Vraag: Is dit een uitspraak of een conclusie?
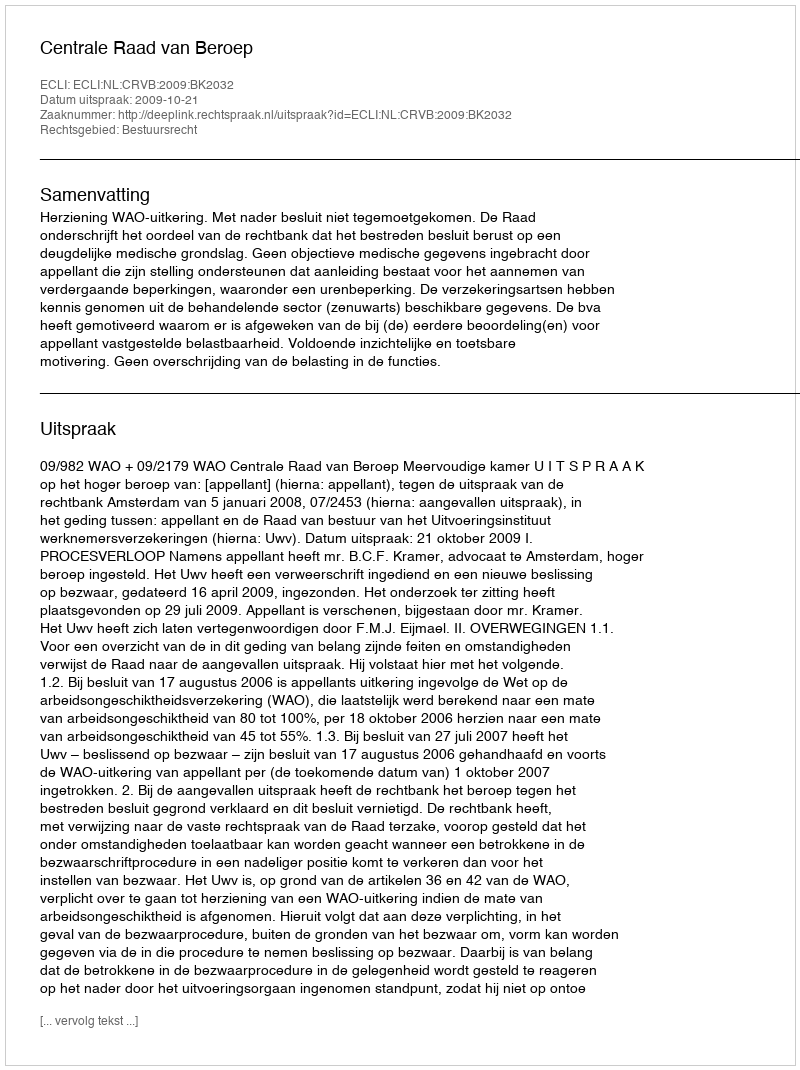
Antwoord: Uitspraak